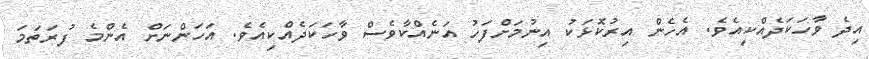
އިދެ ވާހަކަދެއްކިއެވެ. އެހެން އިރުކޮޅަކު އިނުމަށްފަހު އަނެއްކާވެސް ވާހަކަދެއްކިއެވެ. އަހަންނަށް އެންމެ ފުރަތަމަ